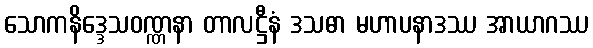
သောကနိဒ္ဒေသဝဏ္ဏနာ တာလဋ္ဌီနံ ဒသဓာ မဟာပနာဒဿ အာယာဂဿ